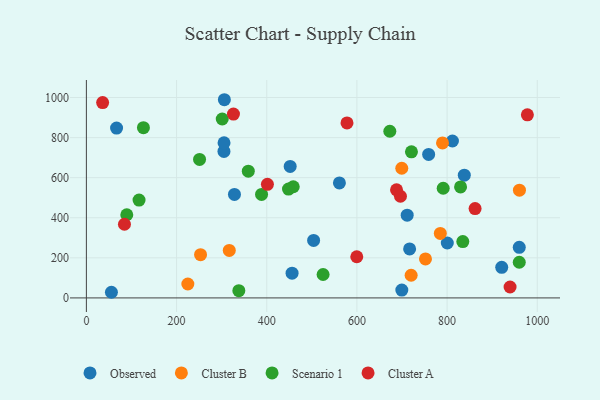
{"axis": {"x": "Engine Size", "y": "Sales"}, "legend": ["Cluster A", "Cluster B", "Observed", "Scenario 1"], "data": [{"x": "456.2", "y": 123.3, "type": "Observed"}, {"x": "305.1", "y": 730.8, "type": "Observed"}, {"x": "66.9", "y": 847.6, "type": "Observed"}, {"x": "699.6", "y": 39.0, "type": "Observed"}, {"x": "716.9", "y": 244.2, "type": "Observed"}, {"x": "504.0", "y": 286.7, "type": "Observed"}, {"x": "960.1", "y": 252.3, "type": "Observed"}, {"x": "305.3", "y": 773.7, "type": "Observed"}, {"x": "452.0", "y": 656.1, "type": "Observed"}, {"x": "811.9", "y": 783.0, "type": "Observed"}, {"x": "328.4", "y": 516.6, "type": "Observed"}, {"x": "800.5", "y": 274.1, "type": "Observed"}, {"x": "306.0", "y": 989.0, "type": "Observed"}, {"x": "55.5", "y": 28.1, "type": "Observed"}, {"x": "711.5", "y": 413.0, "type": "Observed"}, {"x": "759.1", "y": 716.0, "type": "Observed"}, {"x": "561.2", "y": 573.6, "type": "Observed"}, {"x": "921.2", "y": 152.5, "type": "Observed"}, {"x": "838.2", "y": 612.5, "type": "Observed"}, {"x": "960.5", "y": 537.7, "type": "Cluster B"}, {"x": "225.0", "y": 69.5, "type": "Cluster B"}, {"x": "720.3", "y": 113.1, "type": "Cluster B"}, {"x": "785.0", "y": 321.9, "type": "Cluster B"}, {"x": "253.2", "y": 215.7, "type": "Cluster B"}, {"x": "699.5", "y": 647.0, "type": "Cluster B"}, {"x": "789.9", "y": 773.3, "type": "Cluster B"}, {"x": "752.1", "y": 194.6, "type": "Cluster B"}, {"x": "316.9", "y": 236.8, "type": "Cluster B"}, {"x": "829.9", "y": 554.0, "type": "Scenario 1"}, {"x": "388.5", "y": 516.2, "type": "Scenario 1"}, {"x": "525.0", "y": 116.7, "type": "Scenario 1"}, {"x": "301.3", "y": 892.7, "type": "Scenario 1"}, {"x": "89.6", "y": 415.1, "type": "Scenario 1"}, {"x": "834.9", "y": 281.2, "type": "Scenario 1"}, {"x": "791.4", "y": 547.3, "type": "Scenario 1"}, {"x": "251.0", "y": 691.0, "type": "Scenario 1"}, {"x": "116.8", "y": 488.2, "type": "Scenario 1"}, {"x": "338.1", "y": 36.3, "type": "Scenario 1"}, {"x": "458.8", "y": 554.7, "type": "Scenario 1"}, {"x": "448.3", "y": 543.3, "type": "Scenario 1"}, {"x": "673.0", "y": 831.8, "type": "Scenario 1"}, {"x": "359.1", "y": 632.4, "type": "Scenario 1"}, {"x": "960.1", "y": 177.9, "type": "Scenario 1"}, {"x": "721.0", "y": 728.9, "type": "Scenario 1"}, {"x": "126.5", "y": 849.7, "type": "Scenario 1"}, {"x": "862.1", "y": 445.6, "type": "Cluster A"}, {"x": "401.5", "y": 566.7, "type": "Cluster A"}, {"x": "939.7", "y": 54.5, "type": "Cluster A"}, {"x": "578.0", "y": 873.2, "type": "Cluster A"}, {"x": "84.4", "y": 367.5, "type": "Cluster A"}, {"x": "687.9", "y": 539.4, "type": "Cluster A"}, {"x": "696.6", "y": 507.2, "type": "Cluster A"}, {"x": "599.7", "y": 205.5, "type": "Cluster A"}, {"x": "978.1", "y": 913.7, "type": "Cluster A"}, {"x": "326.2", "y": 917.2, "type": "Cluster A"}, {"x": "36.0", "y": 974.6, "type": "Cluster A"}]}